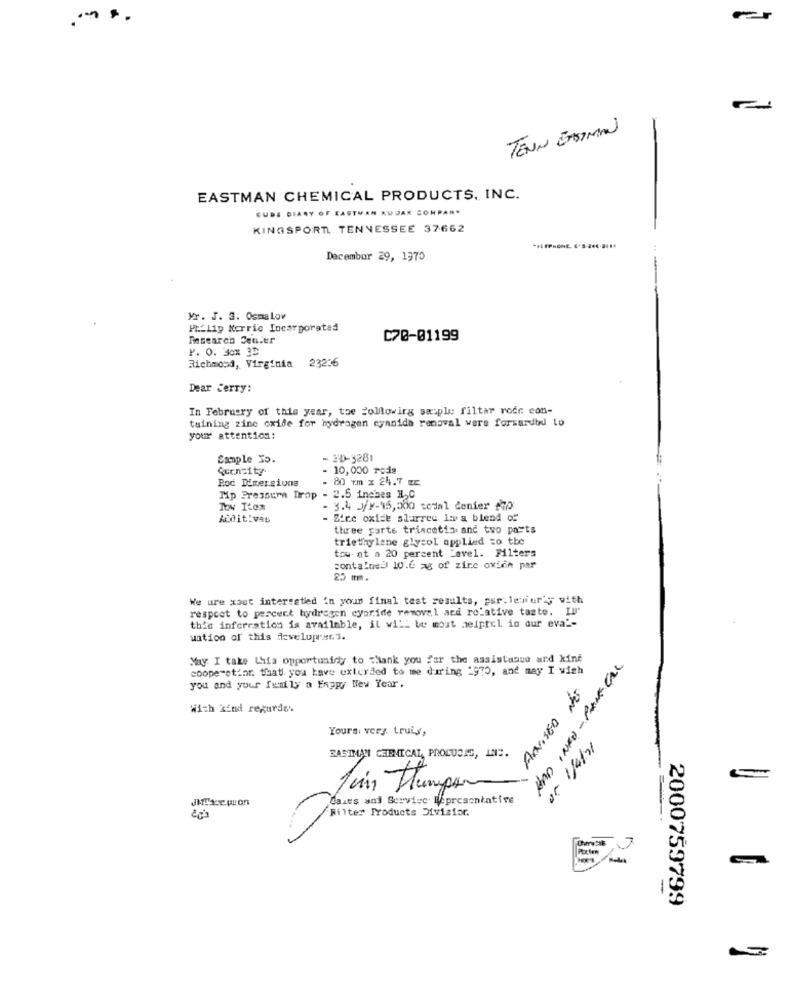
TENN EASTMAN
-
EASTMAN CHEMICAL PRODUCTS, INC.
GUDS DIARY OF EASTMAN KODAK COMPANY
KINGSPORT TENNESSEE 37662
December 29, 1970
Mr. J. 3. OsmaLow
Philip Kerric Incorporated
Research Center
C70-01199
P. O. Box 3D
Richmond, Virginia 23236
Dear Jerry:
In February of this year, the Following sample filtar roce con-
taining zinc oxide for hydrogen cyanide removal wers forwarded to
your attention:
Samople To.
- 30-3281
Qurnsity
10,000 reis
80 mm x 24.7 Ec
Rod Mmergiuns
Mp Pressure Drop - 2.5 inches H.C
Tow Itex
3.4 /F-45,000 codal cenier $7o
Mdit: vas
Zinc oxide slurree in a blend of
three garte triscotin and two parts
triethylene glycol applied to tbe
tou at a 20 percent _avel. Filters
contained 10.6 agg of zinc oxich par
20 mm.
We ure xost interested in your final test results, psr-lewiuriy with
respect to percect hydrogen cypride removal acd relative taste. LIl'
thic inferration is available, il will be most aeiptel in our eva"-
uation of this developers.
May I take Whia opportunidy to Thank you for the assistance and kint
HAD INFO - PAIR CAL
coope-stior. that you have exterded to me during 1970, and may I wish
you and your family a Enppy New Year.
ADVISED NES
With kind regurde.
Yours, very. Lruis,
EASTMAN CHEMICAL PROLUCES, INC.
Juin Humper
1/01/ 20
daxes and Service Mipresentative
1
Filter Products Divisfor.
PoLlen
2000759799